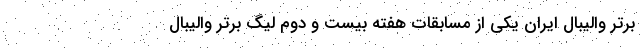
برتر والیبال ایران یکی از مسابقات هفته بیست و دوم لیگ برتر والیبال